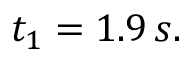
t _ { 1 } = 1 . 9 \, s .